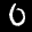
Label: 0